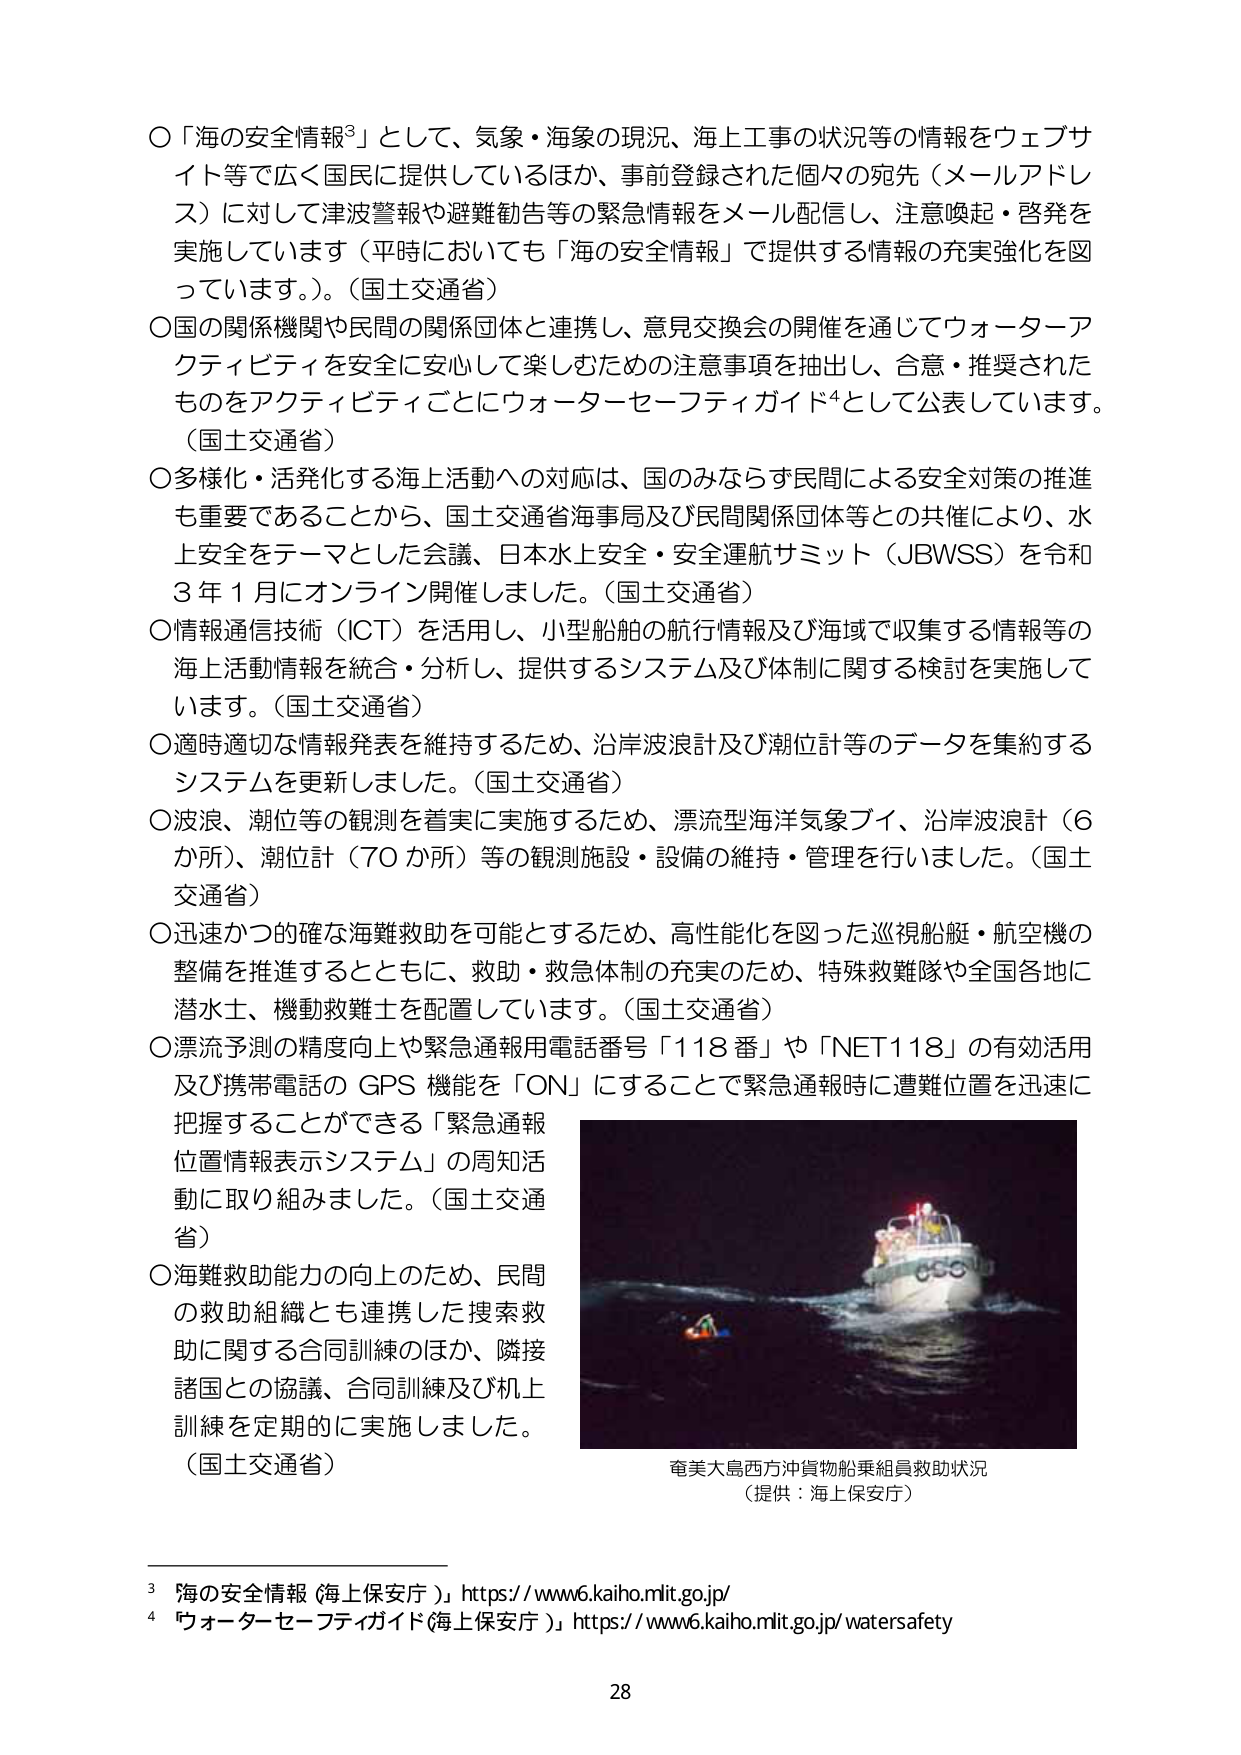
〇「海の安全情報³」として、気象・海象の現況、海上工事の状況等の情報をウェブサイト等で広く国民に提供しているほか、事前登録された個々の宛先（メールアドレス）に対して津波警報や避難勧告等の緊急情報をメール配信し、注意喚起・啓発を実施しています（平時においても「海の安全情報」で提供する情報の充実強化を図っています。）。（国土交通省）

〇国の関係機関や民間の関係団体と連携し、意見交換会の開催を通じてウォーターアクティビティを安全に安心して楽しむための注意事項を抽出し、合意・推奨されたものをアクティビティごとにウォーターセーフティガイド⁴として公表しています。（国土交通省）

〇多様化・活発化する海上活動への対応は、国のみならず民間による安全対策の推進も重要であることから、国土交通省海事局及び民間関係団体等との共催により、水上安全をテーマとした会議、日本水上安全・安全運航サミット（JBWSS）を令和3年1月にオンライン開催しました。（国土交通省）

〇情報通信技術（ICT）を活用し、小型船舶の航行情報及び海域で収集する情報等の海上活動情報を統合・分析し、提供するシステム及び体制に関する検討を実施しています。（国土交通省）

〇適時適切な情報発表を維持するため、沿岸波浪計及び潮位計等のデータを集約するシステムを更新しました。（国土交通省）

〇波浪、潮位等の観測を着実に実施するため、漂流型海洋気象ブイ、沿岸波浪計（6か所）、潮位計（70か所）等の観測施設・設備の維持・管理を行いました。（国土交通省）

〇迅速かつ的確な海難救助を可能とするため、高性能化を図った巡視船艇・航空機の整備を推進するとともに、救助・救急体制の充実のため、特殊救難隊や全国各地に潜水士、機動救難士を配置しています。（国土交通省）

〇漂流予測の精度向上や緊急通報用電話番号「118番」や「NET118」の有効活用及び携帯電話のGPS機能を「ON」にすることで緊急通報時に遭難位置を迅速に把握することができる「緊急通報位置情報表示システム」の周知活動に取り組みました。（国土交通省）

〇海難救助能力の向上のため、民間の救助組織とも連携した捜索救助に関する合同訓練のほか、隣接諸国との協議、合同訓練及び机上訓練を定期的に実施しました。（国土交通省）

奄美大島西方沖貨物船乗組員救助状況
（提供：海上保安庁）

³ 海の安全情報（海上保安庁）https://www6.kaiho.mlit.go.jp/
⁴ ウォーターセーフティガイド（海上保安庁）https://www6.kaiho.mlit.go.jp/watersafety

28